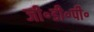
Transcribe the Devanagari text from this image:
जी॰डी॰पी॰